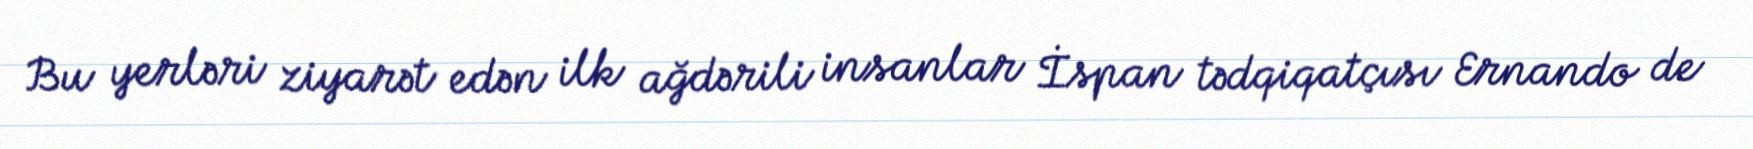
Bu yerləri ziyarət edən ilk ağdərili insanlar İspan tədqiqatçısı Ernando de